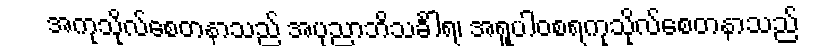
အကုသိုလ်စေတနာသည် အပုညာဘိသင်္ခါရ၊ အရူပါဝစရကုသိုလ်စေတနာသည်